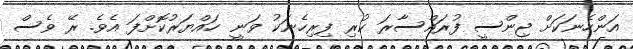
އަންހެނަކަށް ޖިންސީ ފުރައްސާރަ ކުރި ފިރިހެނަކު ވަނީ ހައްޔަރުކޮށްފަ އެވެ. ރޭ ވެސް